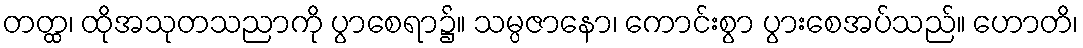
တတ္ထ၊ ထိုအသုတသညာကို ပွာစေရာ၌။ သမ္ပဇာနော၊ ကောင်းစွာ ပွားစေအပ်သည်။ ဟောတိ၊